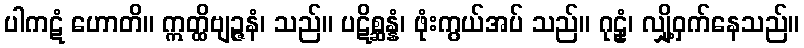
ပါကဋံ ဟောတိ။ ဣတ္ထိဗျဉ္ဇနံ၊ သည်။ ပဋိစ္ဆန္နံ၊ ဖုံးကွယ်အပ် သည်။ ဂုဠှံ၊ လျှို့ဝှက်နေသည်။